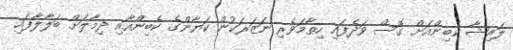
ލައިޝާ ކެބިންއަށް ގޮސް ވަދެފައި ހިތާމަވެރި ނަޒަރަކުން ކަޔާންގެ ކެބިންއާއި ދިމާލަށް ބަލާލާފައި